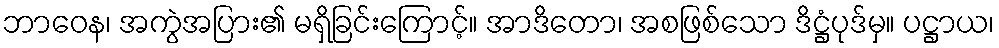
ဘာဝေန၊ အကွဲအပြား၏ မရှိခြင်းကြောင့်။ အာဒိတော၊ အစဖြစ်သော ဒိဋ္ဌံပုဒ်မှ။ ပဋ္ဌာယ၊